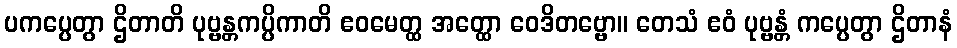
ပကပ္ပေတွာ ဌိတာတိ ပုဗ္ဗန္တကပ္ပိကာတိ ဧဝမေတ္ထ အတ္ထော ဝေဒိတဗ္ဗော။ တေသံ ဧဝံ ပုဗ္ဗန္တံ ကပ္ပေတွာ ဌိတာနံ